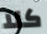
كلا